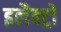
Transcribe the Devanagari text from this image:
इलैक्ट्रो